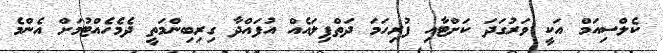
ކެލްސިއަމް އަކީ ވަރުގަދަ ކަށްޓާއި ފުރިހަމަ ދަތްޕިލައެއް އުފައްދާ ގިރިބިންމަތީ ދެމެހެއްޓުމަށް އެންމެ